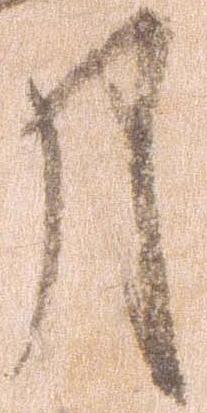
月